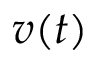
v ( t )